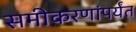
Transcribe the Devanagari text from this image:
समीकरणांपर्यंत